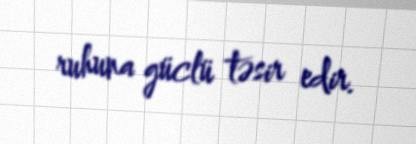
ruhuna güclü təsir edir.